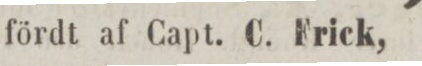
fördt af Capt. C. Frick,